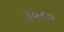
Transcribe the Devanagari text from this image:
३५८०